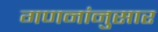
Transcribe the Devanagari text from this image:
गणनांनुसार